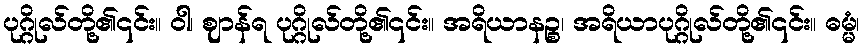
ပုဂ္ဂိုလ်တို့၏၎င်း။ ဝါ၊ ဈာန်ရ ပုဂ္ဂိုလ်တို့၏၎င်း။ အရိယာနဉ္စ၊ အရိယာပုဂ္ဂိုလ်တို့၏၎င်း။ ဓမ္မံ၊